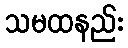
သမထနည်း